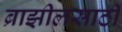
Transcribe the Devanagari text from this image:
ब्राझीलसाठी